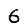
Digit: 6